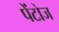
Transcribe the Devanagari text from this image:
पेंटोज